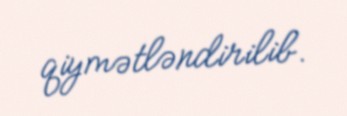
qiymətləndirilib.